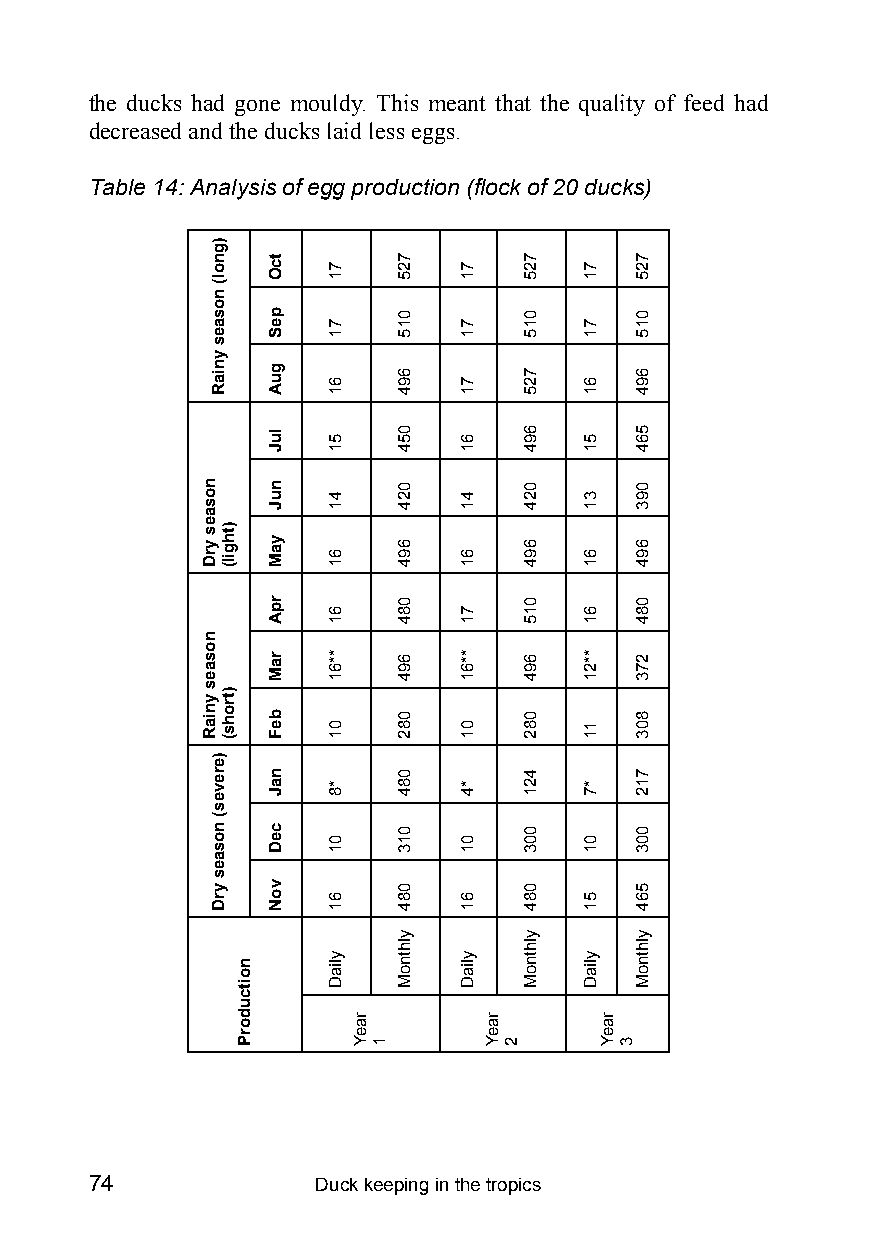
the ducks had gone mouldy. This meant that the quality of feed had
 decreased and the ducks laid less eggs.
 Table 14: Analysis of egg production (flock of 20 ducks)
 74             Duck keeping in the tropics
 nosaes
 yrD
 nosaes
 yniaR
 )gnol(
 nosaes
 yniaR
 )ereves(
 nosaes
 yrD
 )thgil(
 )trohs(
 noitcudorP
 tcO
 peS
 guA
 luJ
 nuJ
 yaM
 rpA
 raM
 beF
 naJ
 ceD
 voN
 71
 71
 61
 51
 41
 61
 61
 **61
 01
 *8
 01
 61
 yliaD
 raeY
 1
 725
 015
 694
 054
 024
 694
 084
 694
 082
 084
 013
 084
 ylhtnoM
 71
 71
 71
 61
 41
 61
 71
 **61
 01
 *4
 01
 61
 yliaD
 raeY
 2
 725
 015
 725
 694
 024
 694
 015
 694
 082
 421
 003
 084
 ylhtnoM
 71
 71
 61
 51
 31
 61
 61
 **21
 11
 *7
 01
 51
 yliaD
 raeY
 3
 725
 015
 694
 564
 093
 694
 084
 273
 803
 712
 003
 564
 ylhtnoM